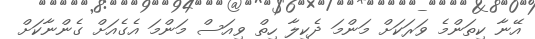
އޭނާ ކިތަންމެ ވަރަކަށް މަންމަ ދެކިލާ ހިތް ވިއަސް މަންމަ އެގެއަށް ގެންނާކަށް